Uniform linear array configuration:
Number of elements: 4
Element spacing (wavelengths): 0.25
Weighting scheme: binomial
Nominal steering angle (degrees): -15
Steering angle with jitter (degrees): -13.41
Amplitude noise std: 0.05
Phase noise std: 0.05

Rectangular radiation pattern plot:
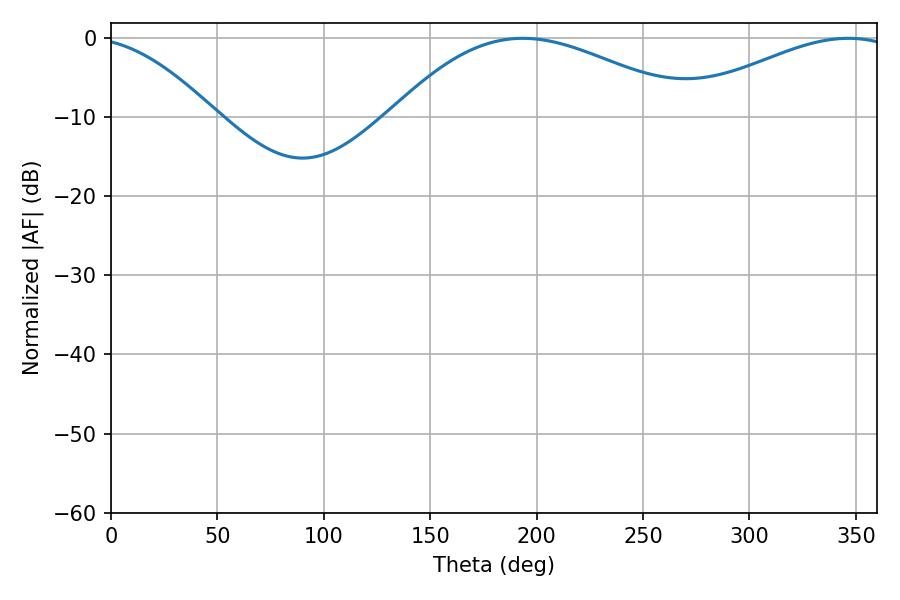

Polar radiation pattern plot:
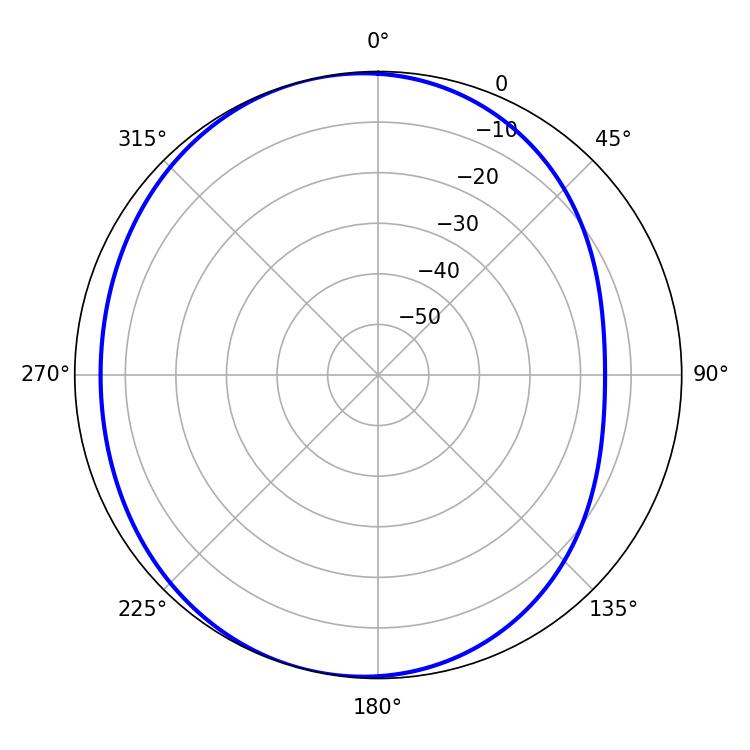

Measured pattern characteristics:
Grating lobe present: FALSE
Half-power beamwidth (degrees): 77.22
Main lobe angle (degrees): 193.5